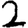
Digit: 2